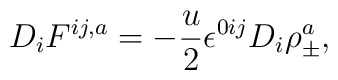
D_{i}F^{ij ,a}=-\frac{u}{2}\epsilon^{0ij}D_{i}\rho_{\pm}^a,